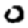
Digit: 0